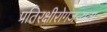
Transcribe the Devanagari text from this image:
प्रतिरक्षीरोगजन्यता